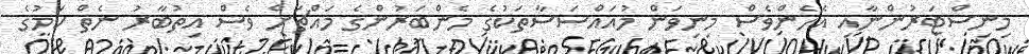
މިނިސްޓަރުންނާއި އެހެންވެސް މިނިވަން މުއައްސަސާތަކުގެ މެންބަރުންގެ މައްޗަށް ވެސް އިތުބާރު ނެތް ކަމުގެ